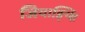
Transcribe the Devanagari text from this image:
जियाङ्ग्क्षि